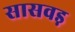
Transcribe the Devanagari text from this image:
सासवड़